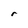
Character: r